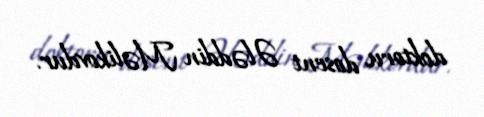
doktoru, dosent Ələddin Məlikovdur.